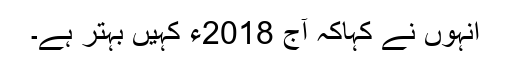
انہوں نے کہاکہ آج 2018ء کہیں بہتر ہے۔